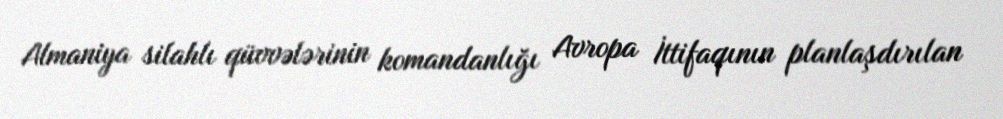
Almaniya silahlı qüvvələrinin komandanlığı Avropa İttifaqının planlaşdırılan